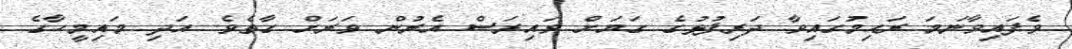
ވެފައިވާނަމަ ރަޙިމުގައިވާ ދަރިފުޅުގެ ގަޔަށް ވައިރަސް އެރުން ވަރަށް ގާތެވެ. އަދި މައިމީހާގެ